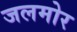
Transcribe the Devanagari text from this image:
जलमोर